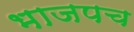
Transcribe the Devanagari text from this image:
भाजपच